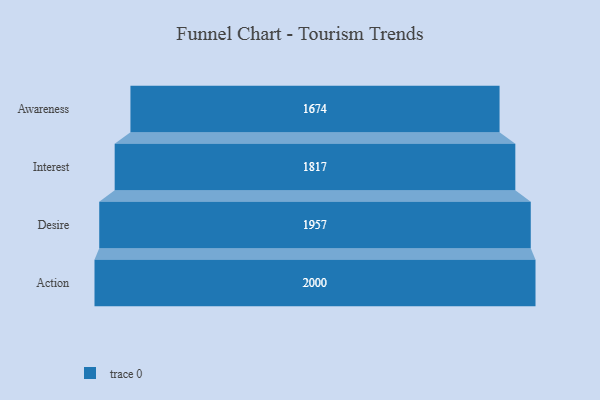
{"axis": {"x": "Stage", "y": "Value"}, "legend": [""], "data": [{"x": "Awareness", "y": 1674.0, "type": ""}, {"x": "Interest", "y": 1817.0, "type": ""}, {"x": "Desire", "y": 1957.0, "type": ""}, {"x": "Action", "y": 2000, "type": ""}]}